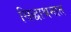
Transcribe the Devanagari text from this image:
सिद्धाश्रमात